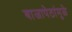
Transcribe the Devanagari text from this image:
बाजापेठांमुळे